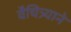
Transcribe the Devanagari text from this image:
वैचित्र्याने